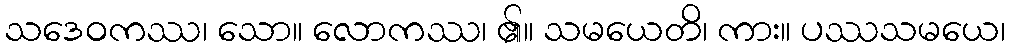
သဒေဝကဿ၊ သော။ လောကဿ၊ ၏။ သမယေတိ၊ ကား။ ပဿသမယေ၊